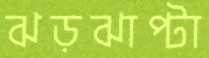
ঝড়ঝাপ্টা